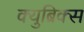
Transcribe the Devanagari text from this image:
क्युब्रिक्स